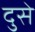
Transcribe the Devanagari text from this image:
दुसे